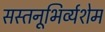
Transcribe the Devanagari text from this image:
सस्तनूभिर्व्यशेम